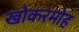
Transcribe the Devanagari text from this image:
खोकरमोह